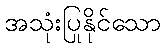
အသုံးပြုနိုင်သော